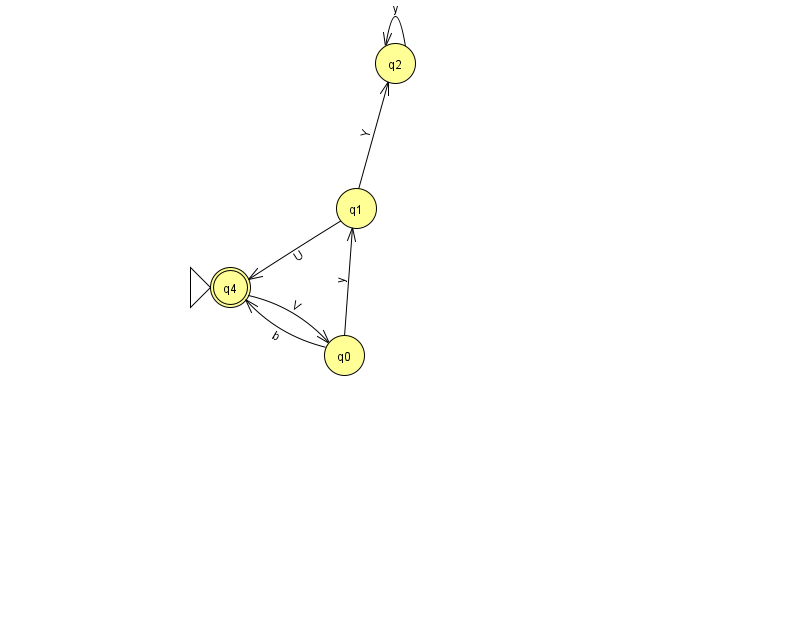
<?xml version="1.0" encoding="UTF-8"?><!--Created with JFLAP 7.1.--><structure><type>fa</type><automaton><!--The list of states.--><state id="0" name="q0"><x>344.0</x><y>342.0</y></state><state id="1" name="q1"><x>356.0</x><y>195.0</y></state><state id="2" name="q2"><x>395.0</x><y>50.0</y></state><state id="4" name="q4"><x>230.0</x><y>274.0</y><initial/><final/></state><!--The list of transitions.--><transition><from>1</from><to>4</to><read>U</read></transition><transition><from>4</from><to>0</to><read>V</read></transition><transition><from>0</from><to>4</to><read>b</read></transition><transition><from>2</from><to>2</to><read>y</read></transition><transition><from>0</from><to>1</to><read>y</read></transition><transition><from>1</from><to>2</to><read>Y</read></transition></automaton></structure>